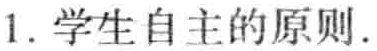
1. 学生自主的原则.